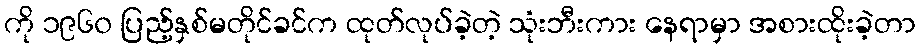
ကို ၁၉၆၀ ပြည့်နှစ်မတိုင်ခင်က ထုတ်လုပ်ခဲ့တဲ့ သုံးဘီးကား နေရာမှာ အစားထိုးခဲ့တာ